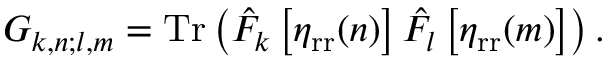
\begin{array} { r } { G _ { k , n ; l , m } = \mathrm { T r } \left( \hat { F } _ { k } \left[ \eta _ { \mathrm { r r } } ( n ) \right] \hat { F } _ { l } \left[ \eta _ { \mathrm { r r } } ( m ) \right] \right) . } \end{array}